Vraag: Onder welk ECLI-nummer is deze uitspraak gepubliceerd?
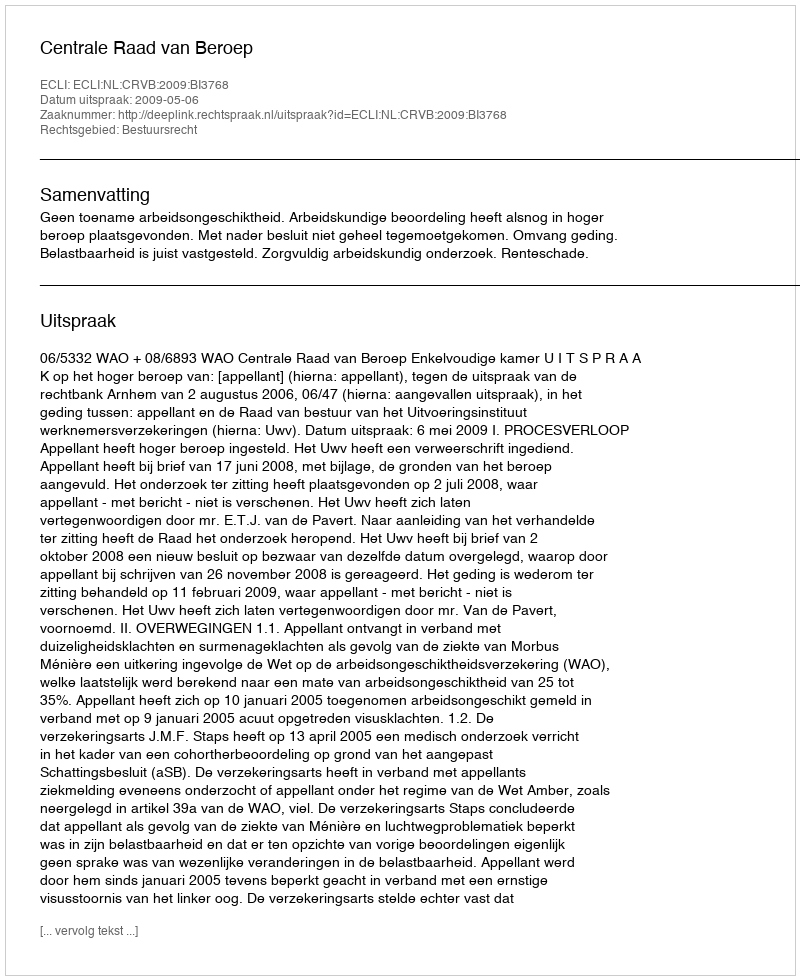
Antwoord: ECLI:NL:CRVB:2009:BI3768